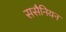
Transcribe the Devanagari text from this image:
ससैनियन